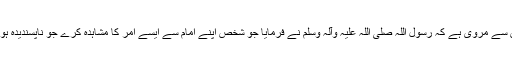
حضرت ابن عباس سے مروی ہے کہ رسول اللہ صلی اللہ علیہ وآلہ وسلم نے فرمایا جو شخص اپنے امام سے ایسے امر کا مشاہدہ کرے جو ناپسندیدہ ہو تو وہ صبر کرے۔